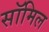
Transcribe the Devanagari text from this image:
सॉमिल